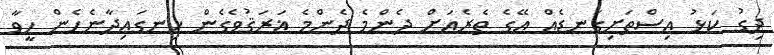
ދިގު ކަޅު އިސްތަށިގަނޑެއް އޭގެ ތެރެއަށް ދެންމެ ދެންމެ ޣަރަޤުވެގެން ހިނގައިދާނެހެން ހީވާ